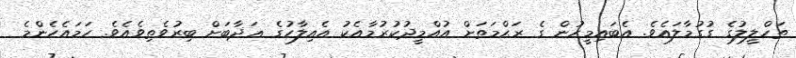
ތަހްލީލުގެ ގުގުމާލައެވެ. އެބައިމީހުން ގެ ރަޙްމަތަށް އުއްމީދުކުރުމާއެކު އެއިލާހުގެ ޢަޛާބަށް ބިރުވެތިވެއެވެ. ހަމައެހެންމެ